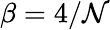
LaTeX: \beta=4/\mathcal{N}